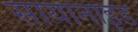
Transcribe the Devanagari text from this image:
सायानाइड